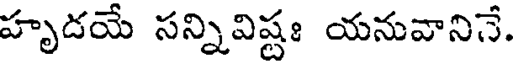
హృదయే సన్నివిష్టః యనువానినే.